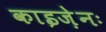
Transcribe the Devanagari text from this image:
काइज़ेनः